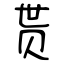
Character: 贳